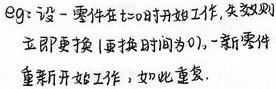
Eg: 设一零件在$t = 0$时开始工作, 失效则立即更换 (更换时间为 0), 一新零件重新开始工作, 如此重复.